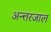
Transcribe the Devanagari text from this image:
अन्त्तरजाल